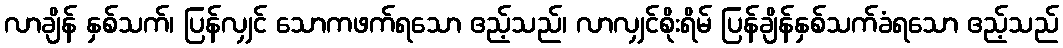
လာချိန် နှစ်သက်၊ ပြန်လျှင် သောကဖက်ရသော ဧည့်သည်၊ လာလျှင်စိုးရိမ် ပြန်ချိန်နှစ်သက်ခံရသော ဧည့်သည်